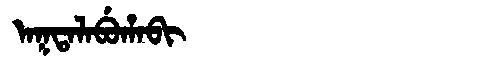
Manchu: ᠠᡴᡨᠠᠯᠠᠪᡠᡥᠠᠪᡳ
Romanization: AKTALABUHABI